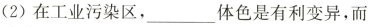
(2)在工业污染区，___体色是有利变异，而